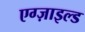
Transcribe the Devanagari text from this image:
एग्ज़ाइल्ड